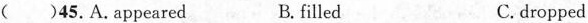
( )45.A.appeared B. filled C.dropped